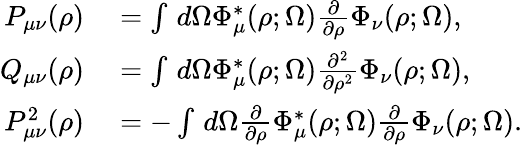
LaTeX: \begin{array}{rl}{P_{\mu\nu}(\rho)}&{{}=\int\, d\Omega\Phi_{\mu}^{*}(\rho;\Omega)\frac{\partial}{\partial\rho}\Phi_{\nu}(\rho;\Omega),}\\ {Q_{\mu\nu}(\rho)}&{{}=\int\, d\Omega\Phi_{\mu}^{*}(\rho;\Omega)\frac{\partial^{2}}{\partial\rho^{2}}\Phi_{\nu}(\rho;\Omega),}\\ {P_{\mu\nu}^{2}(\rho)}&{{}=-\int\, d\Omega\frac{\partial}{\partial\rho}\Phi_{\mu}^{*}(\rho;\Omega)\frac{\partial}{\partial\rho}\Phi_{\nu}(\rho;\Omega).}\end{array}